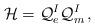
LaTeX: \begin{align*}{\cal H} = {\cal Q}_{e}^{I}{\cal Q}_{m}^{I}\, ,\end{align*}